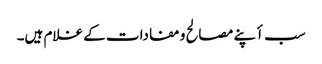
سب أپنے مصالح و مفادات کے غلام ہیں۔